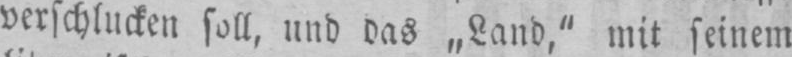
verschlucken soll, und das „Land,“ mit seinem